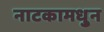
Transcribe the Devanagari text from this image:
नाटकामधु्न